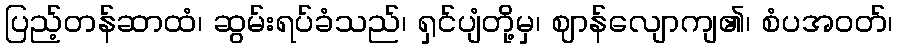
ပြည့်တန်ဆာထံ၊ ဆွမ်းရပ်ခံသည်၊ ရှင်ပျံတို့မှ၊ ဈာန်လျောကျ၏၊ စံပအဝတ်၊